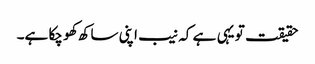
حقیقت تو یہی ہے کہ نیب اپنی ساکھ کھو چکا ہے۔